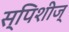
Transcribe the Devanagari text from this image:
स्पिशीज्‌